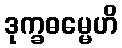
ဒုက္ခဓမ္မေဟိ